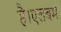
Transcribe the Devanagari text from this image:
है।एलबम